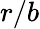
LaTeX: r/b